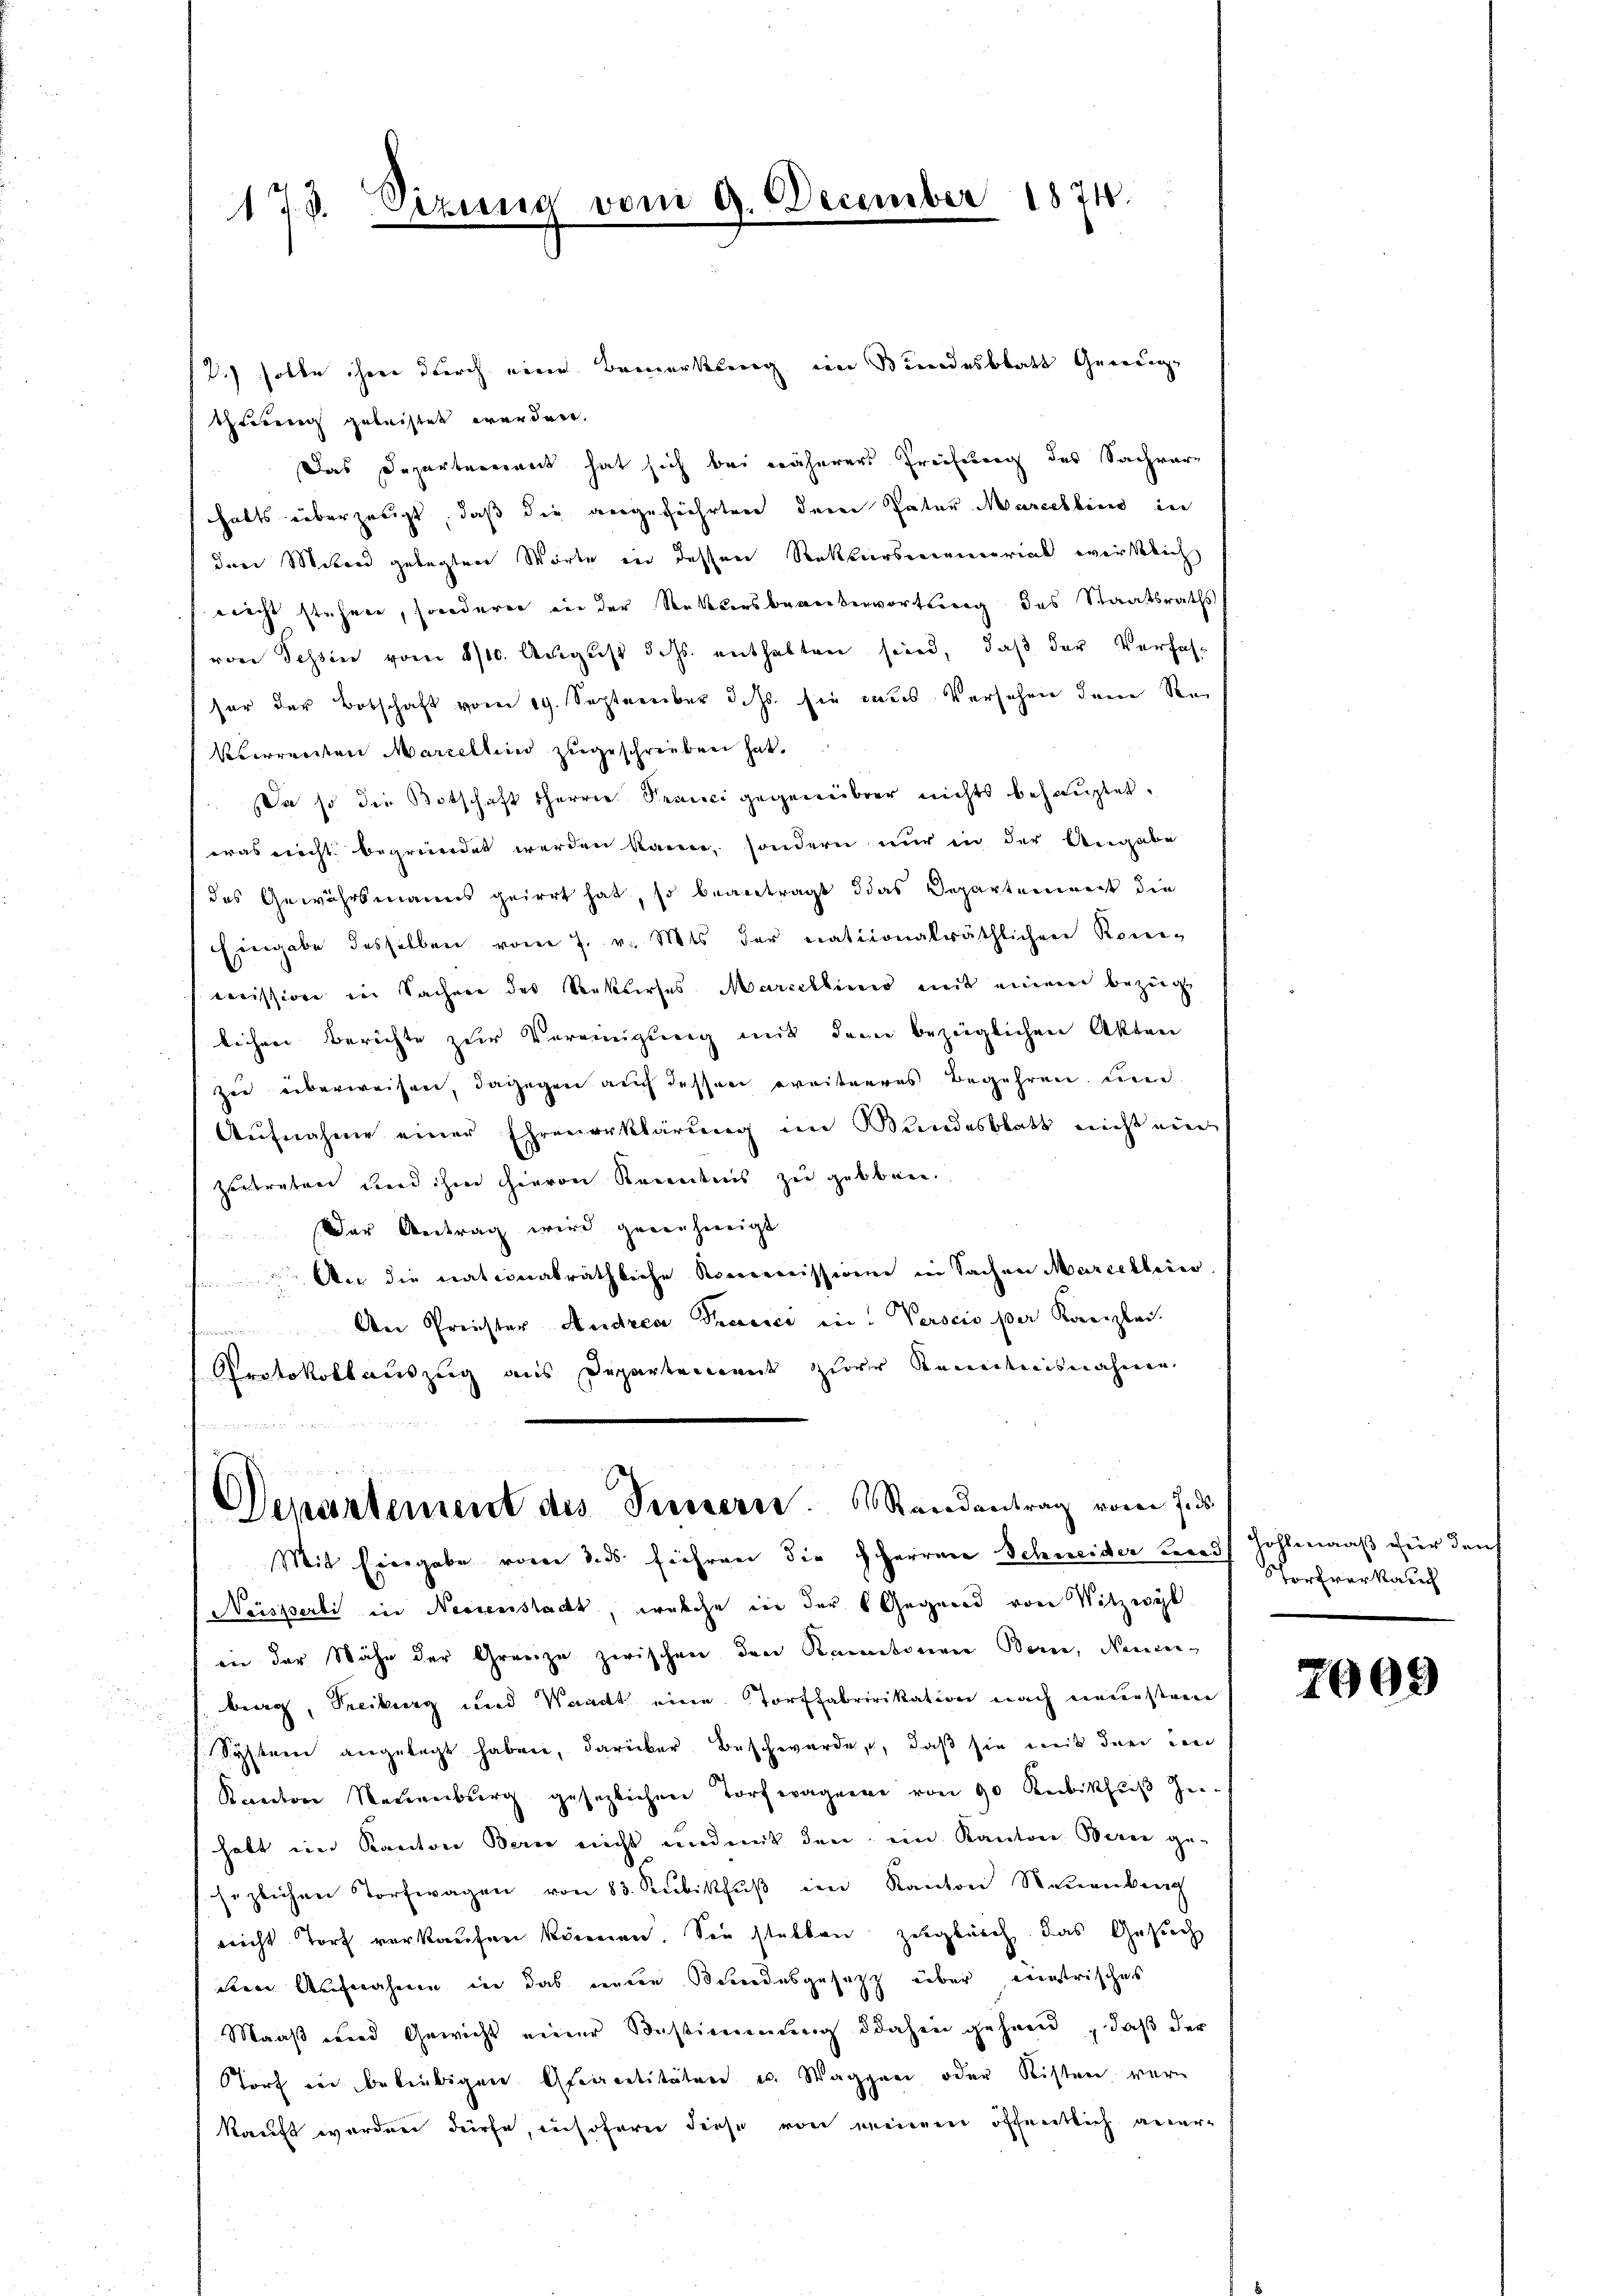
173. Sizione

vom 9. December 1871.

.) solle ihrer durch eine Bemerklung im Bundesblatt Geweigthteren gelachtet werden.
Das Departement hat sich bei näherer Freihung des Sachverhabts überzeugt, daß die angeführten deren Pater Marcelben in
der Mitand gelegten Worte in dessen Rekursmemorial wirklich
nicht stehen, sondern in der Rekursbeantwortung des Staatsraths
von Tessin vom 8/10. Aŭgŭst d. Js. enthalten sind, daß der Verfas-
hor der Botschaft vom 19. September d. Js. sie aus Versehen dem See
Überreisten Marzellein zugeschrieben hat.
Da so die Botschaft therrie Pranici gegenüber nichts behauptet.
was nicht begründet werden kann, sondern nur in der Angabe
des Gewährsmanns geirrt hat, so beantragt das Departement die
Eingabe desselben vom 7. v. Mts. der nationalräthlichen Kon-
cission in Sachen des Sektirtes Marceklinio mit einem bezeige
lichen Berichte zur Vereinigung mit dem bezeiglichen Akten
zie überweisen, dagegen auch dessen ereiteres Begehren und
Aufnahme einer Ehrenerklärung im Wundesblatt nicht ein
zutreten und ihm hievon Kenntnis zu geboren.
Der Antrag wird genehmigt
Aus die nationalräthliche Kommission in Sachen Marcelleins
An Preister Andrea Trasser ein Verscio per Kanzlei-

Protokollauszug aus Departement zur Kundenisnahme

Departement des Fussern. Randentrag vom 7. ds.

Mit Eingabe von dies führen die HHerren Schneider berei
 Neisperli in Neesenstadt, welche in der Gegend von Vitzwyl
inn der Nähe der Grenze zwischen den Kantonen Bern, Neuenberg, Treiburg und Waadt eine Torffabririkation nach einerstren
System angelegt haben, darüber Beschwerde, daß sie weiß der ein
Kanton Neuenburg gesezlichen Torfwägen von 90 Kubikfŭβ zei-
habt in Kanton Bern nicht und mit den ein Kanton Berei ge-
sezlichen Torfwagen von 83. Rubikfŭβ im Kanton Neuenking
nicht Torf verkaufen können. Sie stellen zugleich das Gesuch
deine Aufnahmen in das nennen Beendesgesetz über entrisches
Maaß wird Gewicht einer Bestimmung dahin gehend, daß der
Storf in beliebigen Aspirantitäten u. Waggen oder Kisten werkauft worden dürfe, insofern diese von meinen öffentlich aner¬

Zohlemaaß für den
Sorfverkauch

2009